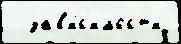
  зав'и́с'имост'и